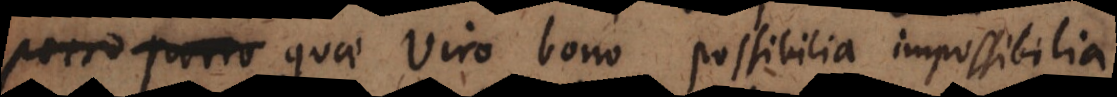
orro quae viro bono possibilia impossibilia